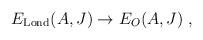
LaTeX: \begin{align*}E_{\mathrm{Lond}}(A,J)\rightarrow E_{O}(A,J)\;, \end{align*}